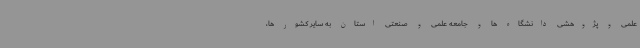
علمی و پژوهشی دانشگاه ها و جامعه علمی و صنعتی استان به سایر کشور ها،